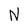
Character: N